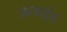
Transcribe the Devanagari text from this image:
असाइंड